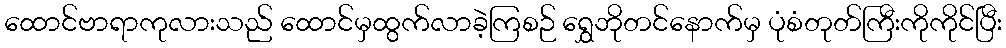
ထောင်ဗာရာကုလားသည် ထောင်မှထွက်လာခဲ့ကြစဉ် ရွှေဘိုတင်နောက်မှ ပုံစံတုတ်ကြီးကိုကိုင်ပြီး